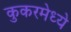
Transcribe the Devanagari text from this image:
कुकरमेध्ये